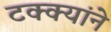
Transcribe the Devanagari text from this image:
टक्क्यांने